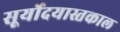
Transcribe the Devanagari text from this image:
सूर्योदयास्तकाल